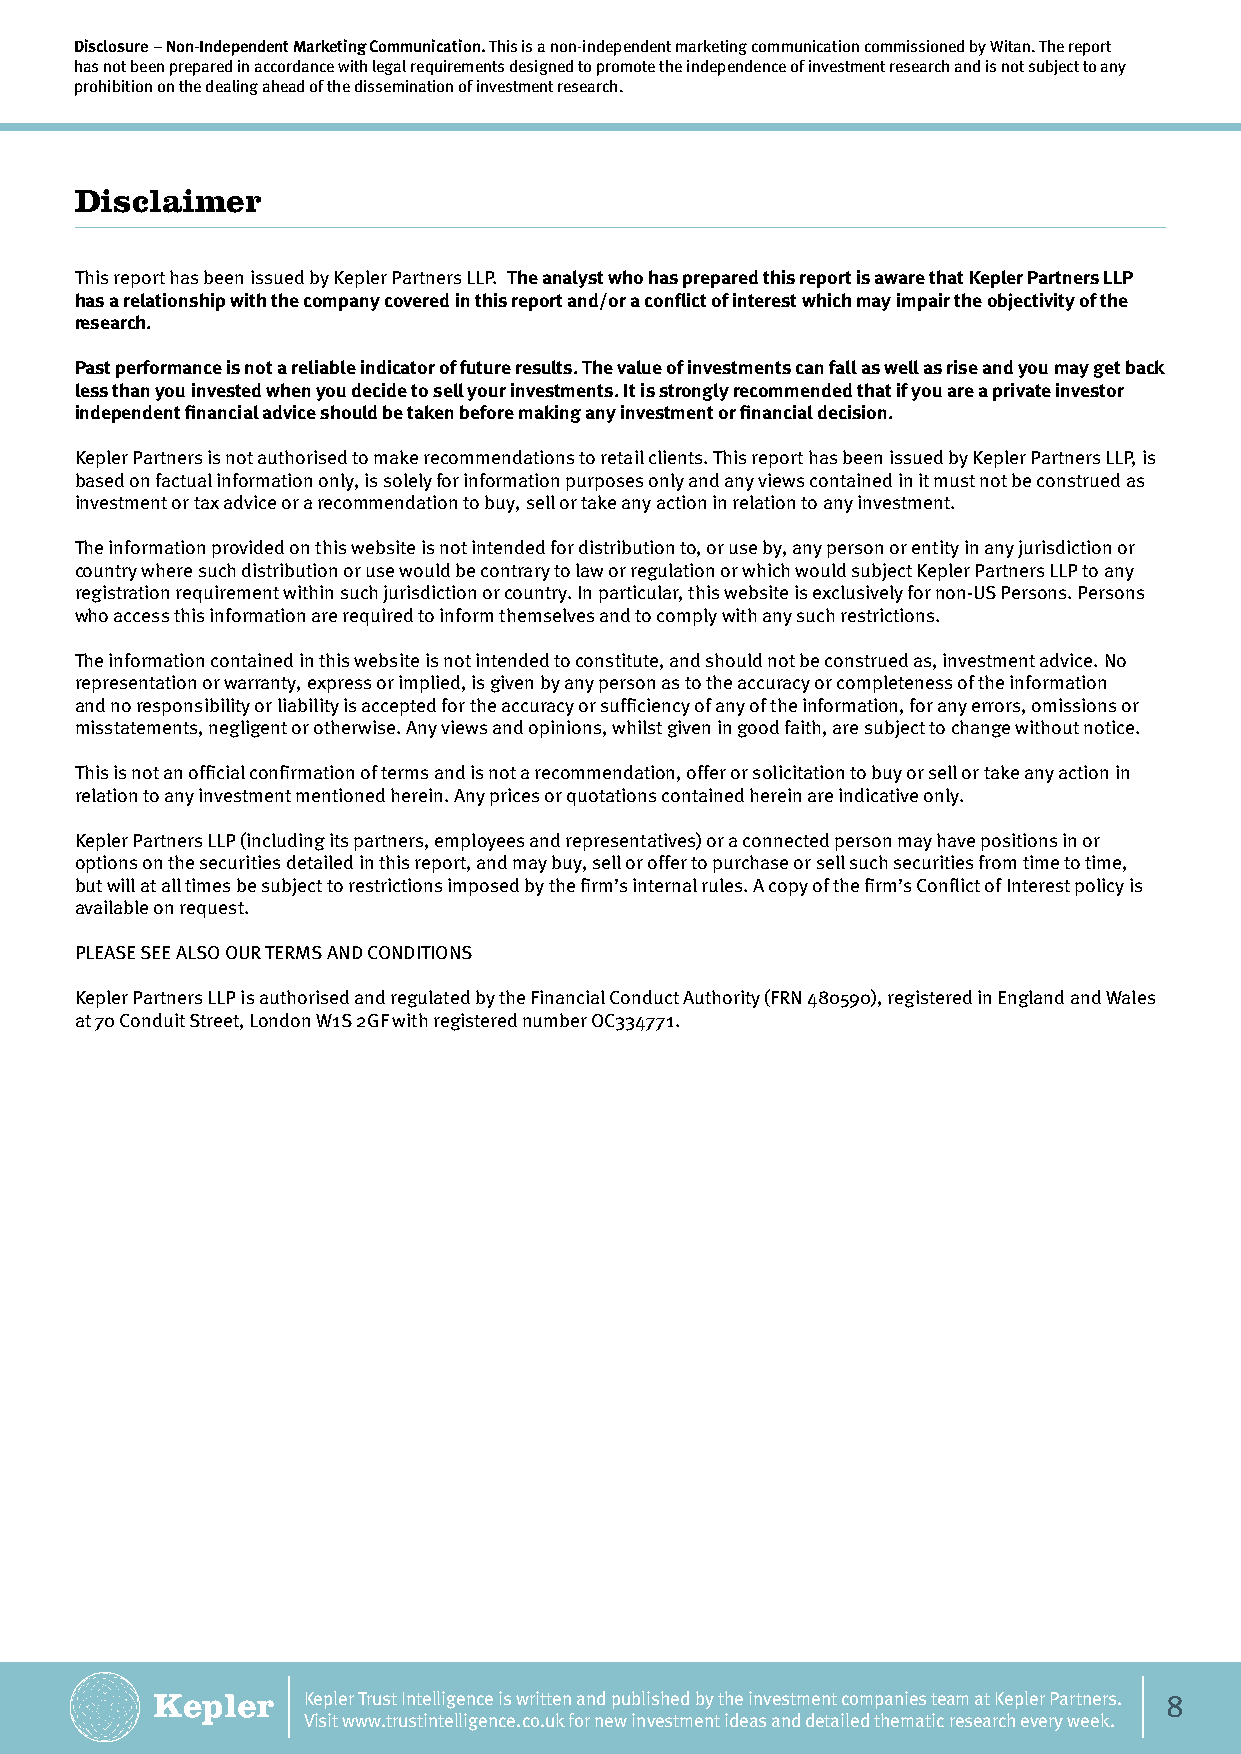
Disclosure – Non-Independent Marketing Communication. This is a non-independent marketing communication commissioned by Witan. The report
 has not been prepared in accordance with legal requirements designed to promote the independence of investment research and is not subject to any
 prohibition on the dealing ahead of the dissemination of investment research.
 Disclaimer
 This report has been issued by Kepler Partners LLP. The analyst who has prepared this report is aware that Kepler Partners LLP
 has a relationship with the company covered in this report and/or a conflict of interest which may impair the objectivity of the
 research.
 Past performance is not a reliable indicator of future results. The value of investments can fall as well as rise and you may get back
 less than you invested when you decide to sell your investments. It is strongly recommended that if you are a private investor
 independent financial advice should be taken before making any investment or financial decision.
 Kepler Partners is not authorised to make recommendations to retail clients. This report has been issued by Kepler Partners LLP, is
 based on factual information only, is solely for information purposes only and any views contained in it must not be construed as
 investment or tax advice or a recommendation to buy, sell or take any action in relation to any investment.
 The information provided on this website is not intended for distribution to, or use by, any person or entity in any jurisdiction or
 country where such distribution or use would be contrary to law or regulation or which would subject Kepler Partners LLP to any
 registration requirement within such jurisdiction or country. In particular, this website is exclusively for non-US Persons. Persons
 who access this information are required to inform themselves and to comply with any such restrictions.
 The information contained in this website is not intended to constitute, and should not be construed as, investment advice. No
 representation or warranty, express or implied, is given by any person as to the accuracy or completeness of the information
 and no responsibility or liability is accepted for the accuracy or sufficiency of any of the information, for any errors, omissions or
 misstatements, negligent or otherwise. Any views and opinions, whilst given in good faith, are subject to change without notice.
 This is not an official confirmation of terms and is not a recommendation, offer or solicitation to buy or sell or take any action in
 relation to any investment mentioned herein. Any prices or quotations contained herein are indicative only.
 Kepler Partners LLP (including its partners, employees and representatives) or a connected person may have positions in or
 options on the securities detailed in this report, and may buy, sell or offer to purchase or sell such securities from time to time,
 but will at all times be subject to restrictions imposed by the firm’s internal rules. A copy of the firm’s Conflict of Interest policy is
 available on request.
 PLEASE SEE ALSO OUR TERMS AND CONDITIONS
 Kepler Partners LLP is authorised and regulated by the Financial Conduct Authority (FRN 480590), registered in England and Wales
 at 70 Conduit Street, London W1S 2GF with registered number OC334771.
 Kepler Trust Intelligence is written and published by the investment companies team at Kepler Partners. 8
 Visit www.trustintelligence.co.uk for new investment ideas and detailed thematic research every week.